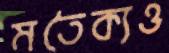
মতৈক্যও